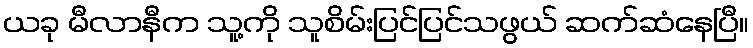
ယခု မီလာနီက သူ့ကို သူစိမ်းပြင်ပြင်သဖွယ် ဆက်ဆံနေပြီ။